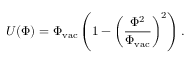
U ( \Phi ) = \Phi _ { \mathrm { v a c } } \left( 1 - \left( \frac { \Phi ^ { 2 } } { \Phi _ { \mathrm { v a c } } } \right) ^ { 2 } \right) .